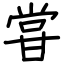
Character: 甞